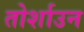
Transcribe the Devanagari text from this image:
तोर्शाउन